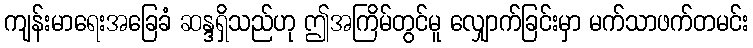
ကျန်းမာရေးအခြေခံ ဆန္ဒရှိသည်ဟု ဤအကြိမ်တွင်မူ လျှောက်ခြင်းမှာ မက်သာဖက်တမင်း